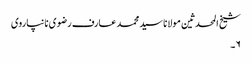
شیخ المحدثین مولانا سید محمد عارف رضوی نانپاروی
۶۔